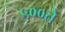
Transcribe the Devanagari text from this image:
५००ते